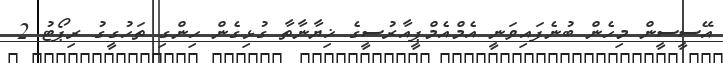
އޭސީސީން މިހެން ބުނެފައިވަނީ އެމްއެމްޕީއާރުސީގެ ޚިޔާނާތާ ގުޅިގެން ހިންގި ތަހުގީގު ރިޕޯޓު 2